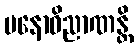
မနောဝိညာဏန္တိ